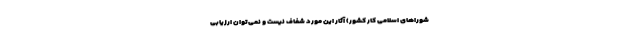
شوراهای اسلامی کار کشور) آثار این مورد شفاف نیست و نمی‌توان ارزیابی